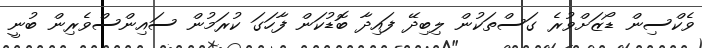
ވެކްސިން ޑޯޒަށްވުރެ ގަސްތަކުން ލިބިދޭ ފައިދާ ބޮޑުކަން ފާހަގަ ކުރަމުން ސައިންސްވެރިން ބުނީ